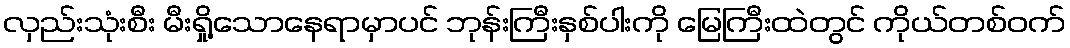
လှည်းသုံးစီး မီးရှို့သောနေရာမှာပင် ဘုန်းကြီးနှစ်ပါးကို မြေကြီးထဲတွင် ကိုယ်တစ်ဝက်